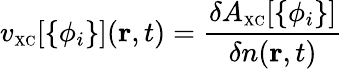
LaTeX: v_{\scriptscriptstyle\mathrm{XC}}[\{ \phi_{i}\} ]({\mathbf r},t)=\frac{\delta A_{\scriptscriptstyle\mathrm{XC}}[\{ \phi_{i}\} ]}{\delta n({\mathbf r},t)}